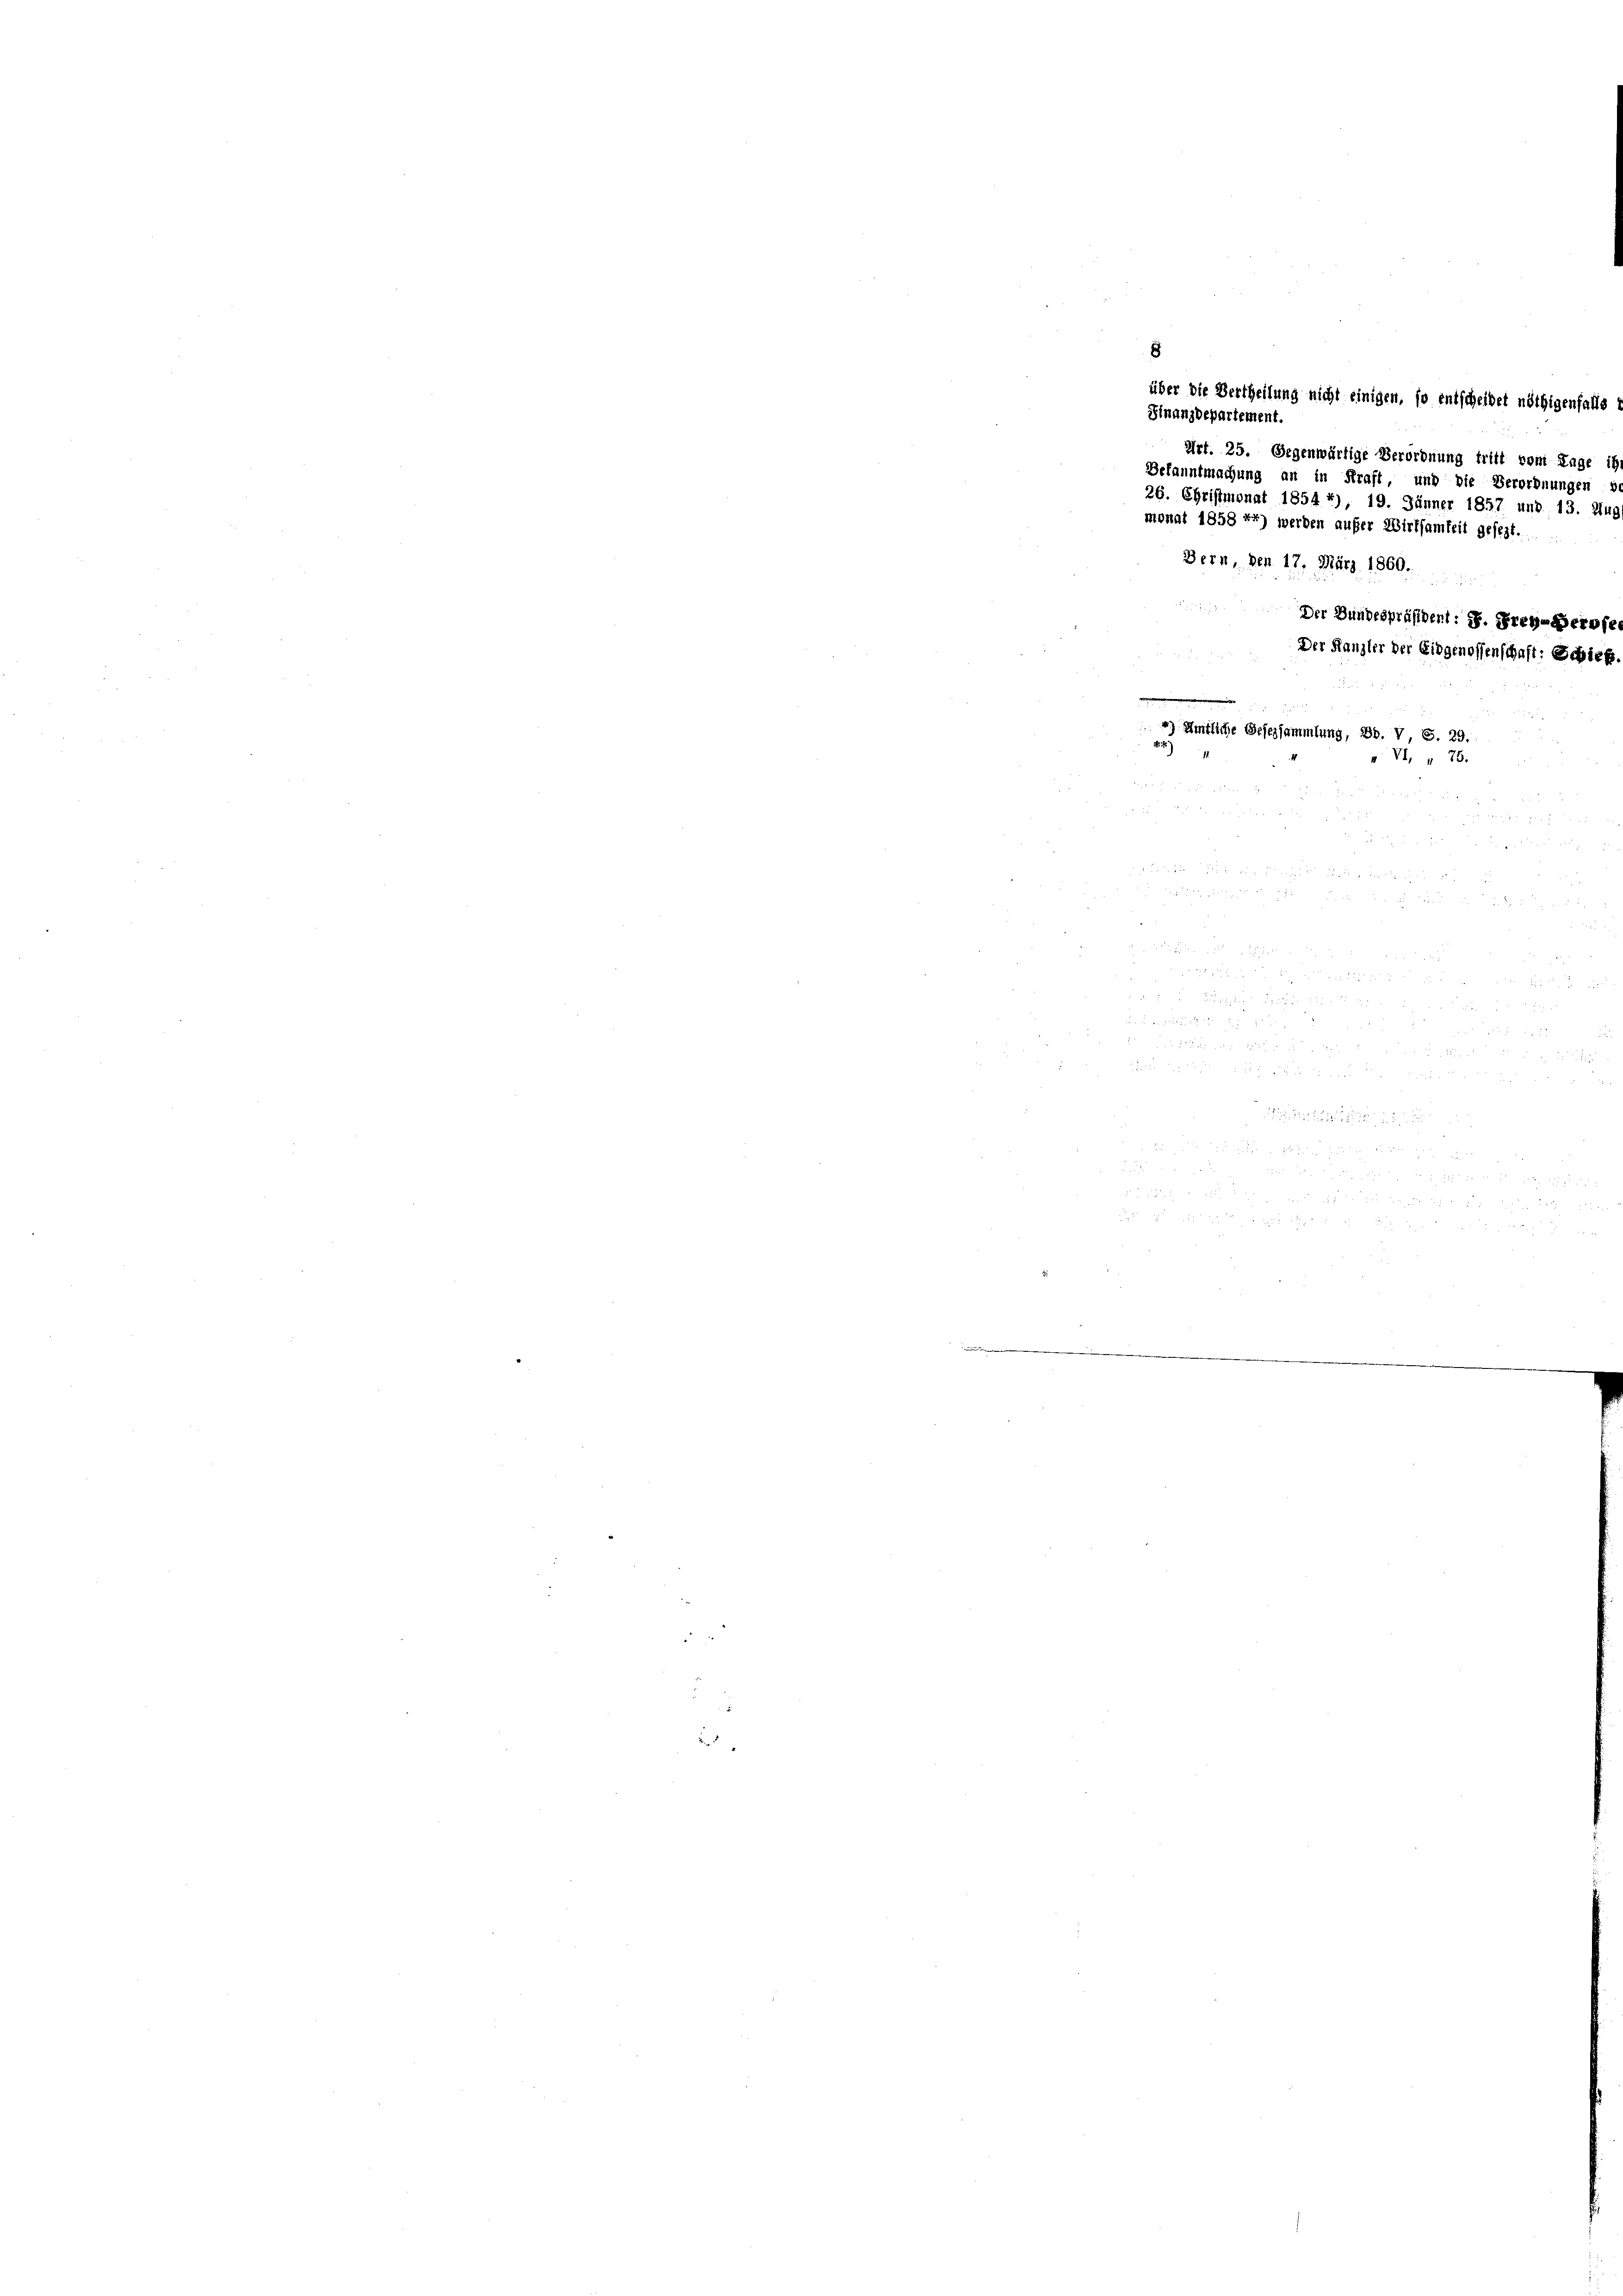
x
Bern, den 17. März 1860.
Der Bundespräsident: 1. Frey-Gerose
Der Kanzler der Eidgenossenschaft: Schie
4) Amtliche Gesezsammlung, Bd. V, S. 29.
 VI. „ 76.
.
.
¬

Finanzdepartement.

20 f 4 xxx
e

 818 f 8 x

über die Vertheilung nicht einigen, so entscheidet nöthigenfalls
Art. 25. Gegenwärtige Verordnung tritt vom Tage i
Befanntmachung an in Kraft und die Verordnungen
26. Christmonat 1854 *), 19. Jänner 1857 und 13. Aus
monat 1858 ff) werden aufer Wirksamkeit gesezt.

e